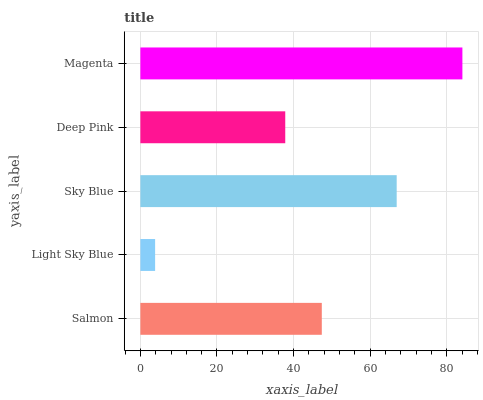
| yaxis_label | bars |
 | --- | --- |
 | Salmon | 47.4 |
 | Light Sky Blue | 3.85 |
 | Sky Blue | 66.9 |
 | Deep Pink | 37.8 |
 | Magenta | 84.1 |